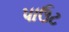
પાઉટ